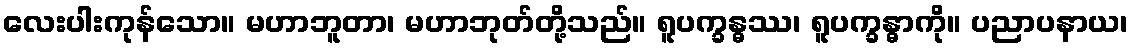
လေးပါးကုန်သော။ မဟာဘူတာ၊ မဟာဘုတ်တို့သည်။ ရူပက္ခန္ဓဿ၊ ရူပက္ခန္ဓာကို။ ပညာပနာယ၊